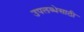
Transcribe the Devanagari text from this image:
उपलब्धेसाठी